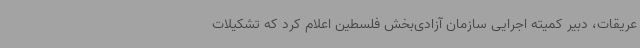
عریقات، دبیر کمیته اجرایی سازمان آزادی‌بخش فلسطین اعلام کرد که تشکیلات